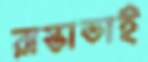
রাস্তাডাই